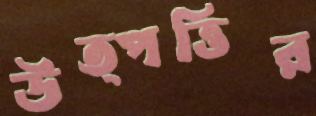
উত্পত্তির